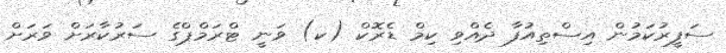
ސަފީރުކަމުން އިސްތިއުފާ ދެއްވި ކިމް ޑެރޮކް (ކ) ވަނީ ޓްރަމްޕްގެ ސަރުކާރަށް ވަރަށް